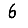
Digit: 6